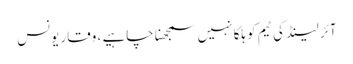
آئر لینڈ کی ٹیم کو ہلکا نہیں سمجھنا چاہیے ، وقار یونس